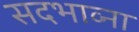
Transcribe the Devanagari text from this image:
सदभाव्ना